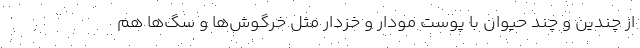
از چندین و چند حیوان با پوست مودار و خزدار مثل خرگوش‌ها و سگ‌ها هم